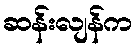
ဆန်းလျန်က